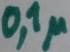
Text: 0,1µ